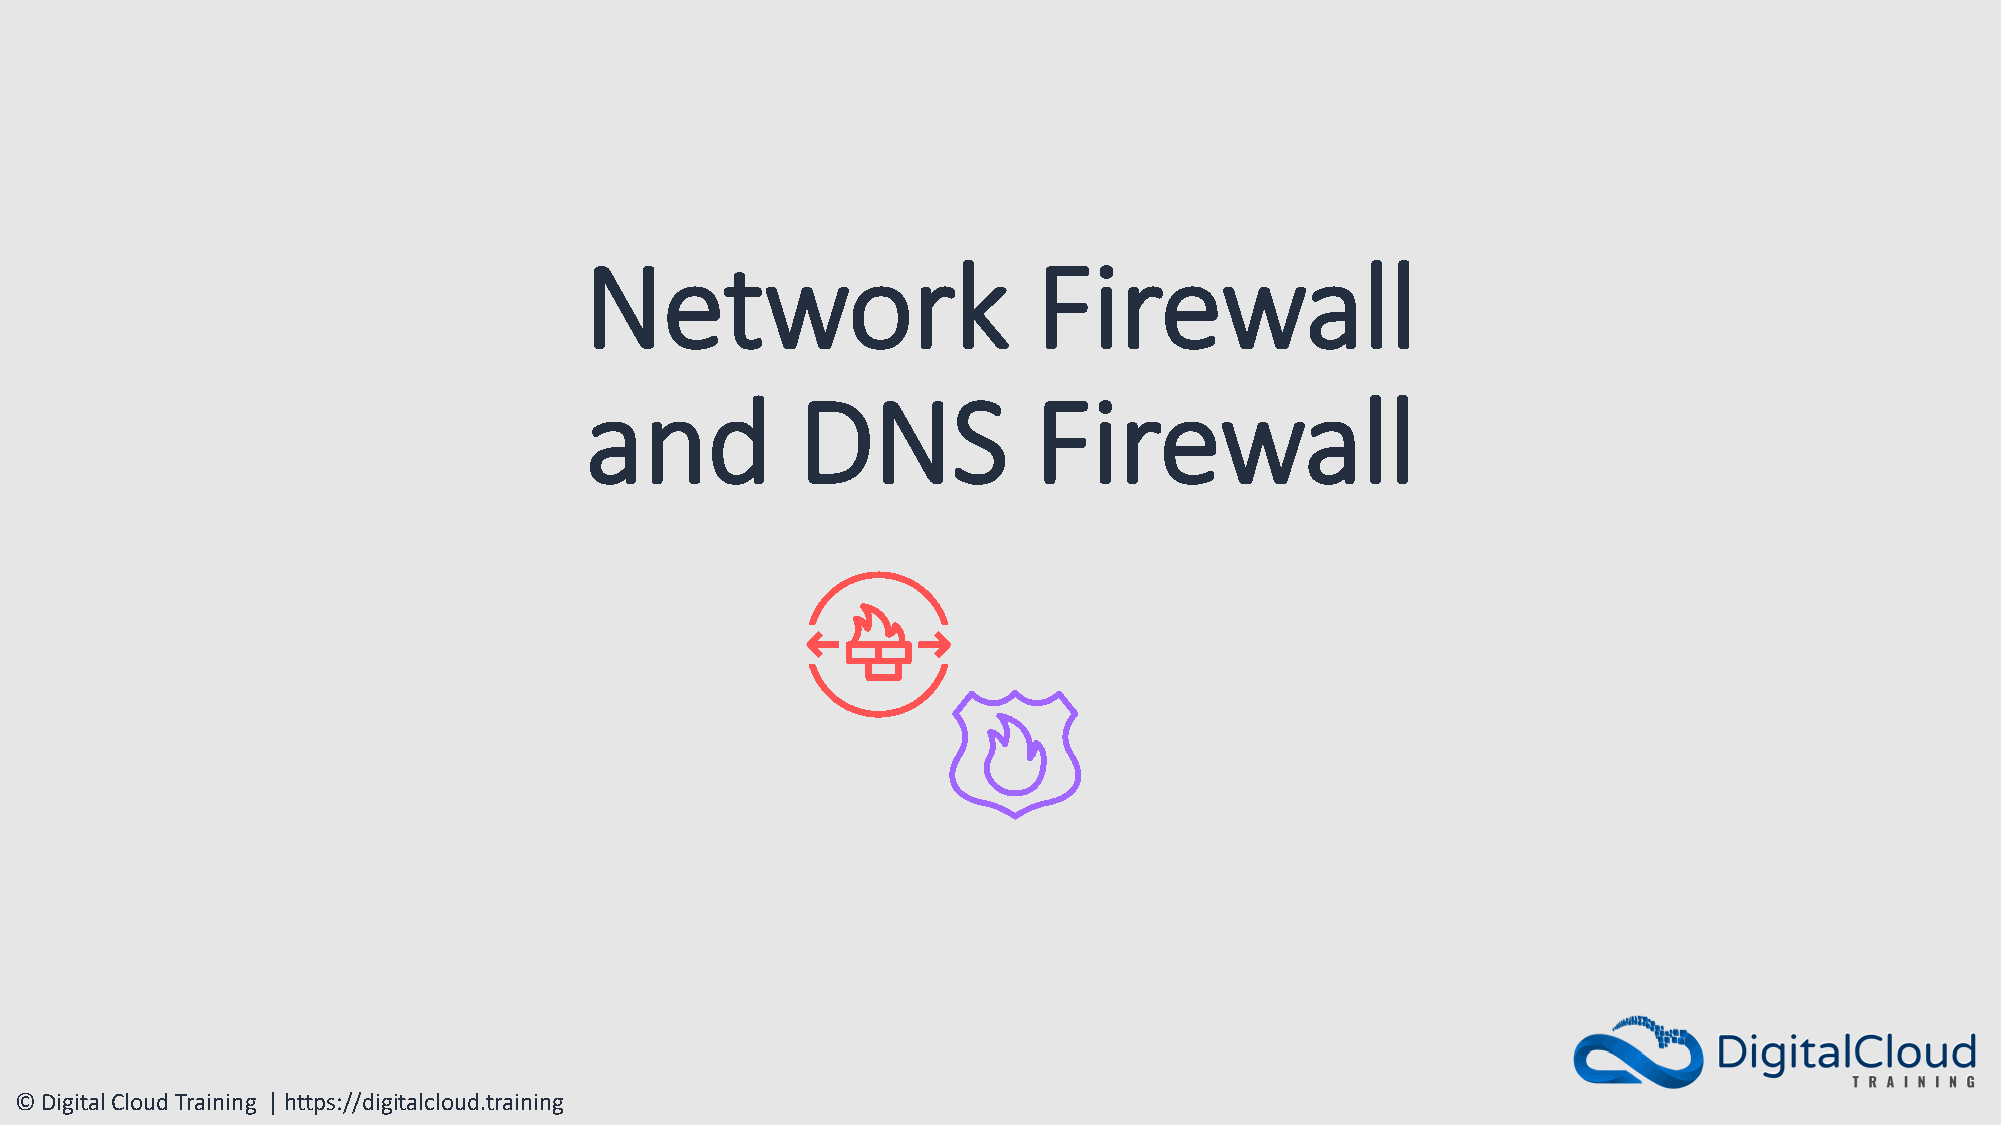
Network                       Firewall
 and           DNS            Firewall
 © Digital Cloud Training | https://digitalcloud.training